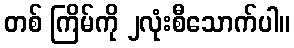
တစ် ကြိမ်ကို ၂လုံးစီသောက်ပါ။